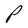
Character: P